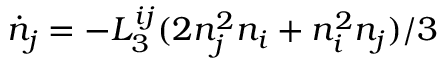
\dot { n } _ { j } = - L _ { 3 } ^ { i j } ( 2 n _ { j } ^ { 2 } n _ { i } + n _ { i } ^ { 2 } n _ { j } ) / 3